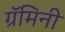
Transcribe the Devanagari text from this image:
ग्रॅमिनी